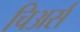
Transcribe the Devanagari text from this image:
चिअर्स